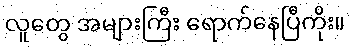
လူတွေ အများကြီး ရောက်နေပြီကိုး။